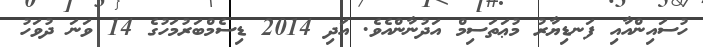
ހުސައިންއާއި ފަނޑިޔާރު މުޢަތަސިމް އަދުނާންއެވެ. އަދި 2014 ޑިސެމްބަރުމަހުގެ 14 ވަނަ ދުވަހު